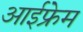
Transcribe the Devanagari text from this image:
आईफ्रेम